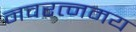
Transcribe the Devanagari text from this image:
नवरत्नमय